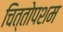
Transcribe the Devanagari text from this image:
चित्तोपशम